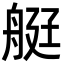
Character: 𦨿